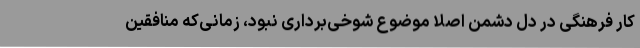
کار فرهنگی در دل دشمن اصلا موضوع شوخی‌برداری نبود، زمانی‌که منافقین